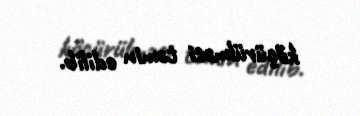
köçürülməsi təmin edilib.